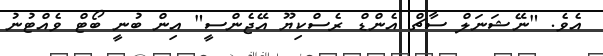
އެވެ. "ނޭޝަނަލް ސާޗް އެންޑް ރެސްކިޔޫ އޭޖެންސީ" އިން ބުނީ ބޯޓް ވެއްޓުނު